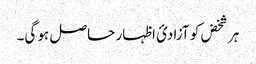
ہر شخض کو آزادئ اظہار حاصل ہو گی۔